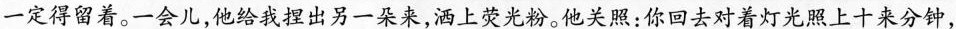
一定得留着。一会儿,他给我捍出另一朵来,洒上荧光粉。他关照:你回去对着灯光照上十来分钟，